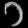
Digit: ၁